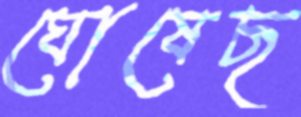
ঘোষেছ